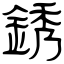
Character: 銹